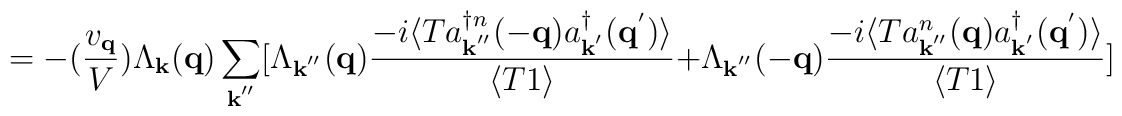
= -(\frac{ v_{ {\bf{q}} } }{V})\Lambda_{ {\bf{k}} }({\bf{q}})\sum_{ {\bf{k}}^{''} }[\Lambda_{ {\bf{k}}^{''} }({\bf{q}})\frac{ -i\langle T a^{\dagger n}_{ {\bf{k}}^{''} }(-{\bf{q}})a^{\dagger}_{ {\bf{k}}^{'} }({\bf{q}}^{'}) \rangle }{\langle T 1 \rangle}+ \Lambda_{ {\bf{k}}^{''} }(-{\bf{q}})\frac{ -i\langle T a^{n}_{ {\bf{k}}^{''} }({\bf{q}})a^{\dagger}_{ {\bf{k}}^{'} }({\bf{q}}^{'}) \rangle }{\langle T 1 \rangle} ]